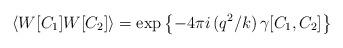
LaTeX: \begin{align*}\left\langle W[C_1]W[C_2] \right\rangle = \exp \left\{-4\pi i\,(q^2/k)\,\gamma[C_1,C_2]\right\}\end{align*}